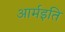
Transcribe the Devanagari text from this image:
आर्मइति